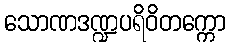
သောဏဒဏ္ဍပရိဝိတက္ကော